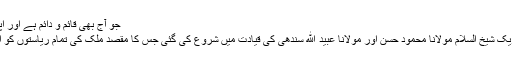
جو آج بھی قائم و دائم ہے اور اپنی افادیت برقرار رکھے ہوئے ہے
1905 میں ریشمی رومال کی تحریک شیخ السلام مولانا محمود حسن اور مولانا عبید الله سندھی کی قیادت میں شروع کی گئی جس کا مقصد ملک کی تمام ریاستوں کو انگریزوں کے خلاف متحد کرنا تھا۔